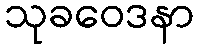
သုခဝေဒနာ